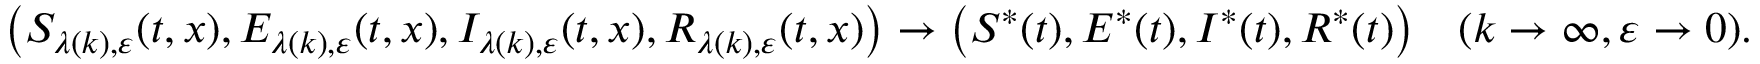
\left( S _ { \lambda ( k ) , \varepsilon } ( t , x ) , E _ { \lambda ( k ) , \varepsilon } ( t , x ) , I _ { \lambda ( k ) , \varepsilon } ( t , x ) , R _ { \lambda ( k ) , \varepsilon } ( t , x ) \right) \rightarrow \bigl ( S ^ { * } ( t ) , E ^ { * } ( t ) , I ^ { * } ( t ) , R ^ { * } ( t ) \bigr ) \quad ( k \rightarrow \infty , \varepsilon \rightarrow 0 ) .